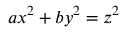
a x ^ { 2 } + b y ^ { 2 } = z ^ { 2 }